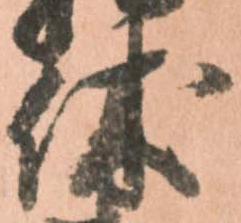
休